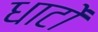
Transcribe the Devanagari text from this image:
धाटों